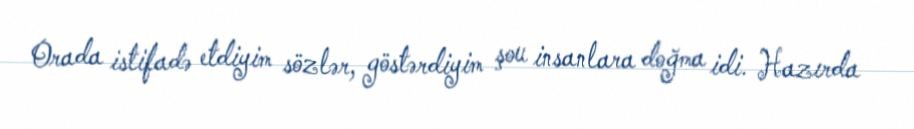
Orada istifadə etdiyim sözlər, göstərdiyim şou insanlara doğma idi. Hazırda